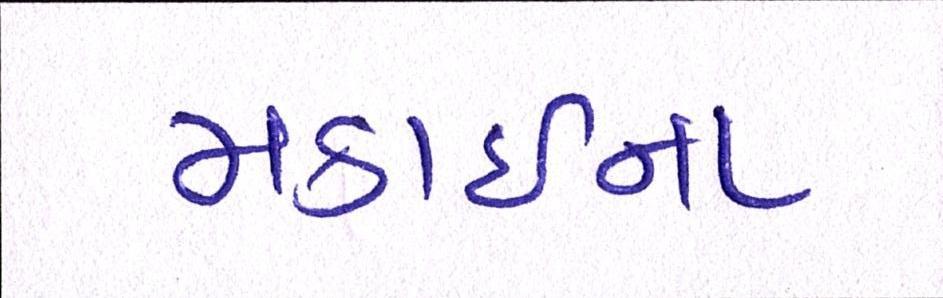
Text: મકાઈના